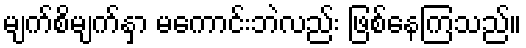
မျက်စိမျက်နှာ မကောင်းဘဲလည်း ဖြစ်နေကြသည်။